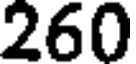
260